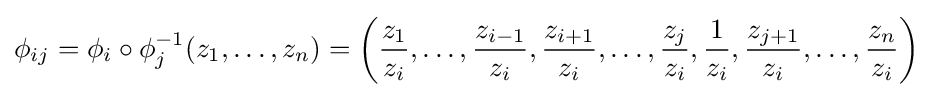
\phi _{ij}=\phi _{i}\circ \phi _{j}^{-1}(z_{1},\ldots ,z_{n})=\left({\frac {z_{1}}{z_{i}}},\ldots ,{\frac {z_{i-1}}{z_{i}}},{\frac {z_{i+1}}{z_{i}}},\ldots ,{\frac {z_{j}}{z_{i}}},{\frac {1}{z_{i}}},{\frac {z_{j+1}}{z_{i}}},\ldots ,{\frac {z_{n}}{z_{i}}}\right)